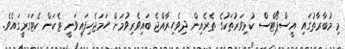
މި މުބާރާތުގައި އީސްޕޯޓްސް ކުޅިވަރުތަކުގެ ތެރެއިން ދިވެހިރާއްޖެ ބައިވެރިވުމަށް ހަމަޖެހިފައިވަނީ ޓެކަން ކެޓަގަރީގައެވެ.